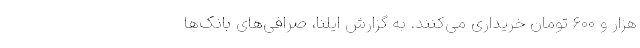
هزار و ۶۰۰ تومان خریداری می‌کنند. به گزارش ایلنا، صرافی‌های بانک‌ها